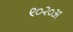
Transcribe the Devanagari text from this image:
९०२०अ